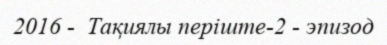
2016 -  Тақиялы періште-2 - эпизод